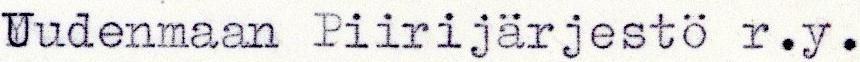
Vudenmaan Piirijarjesto r.y.